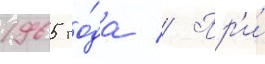
1965 го́да // Пр'и́